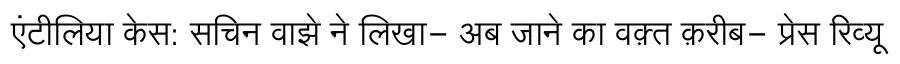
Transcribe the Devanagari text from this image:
एंटीलिया केस: सचिन वाझे ने लिखा- अब जाने का वक़्त क़रीब- प्रेस रिव्यू